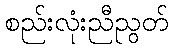
စည်းလုံးညီညွတ်